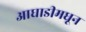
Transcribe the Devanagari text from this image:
आघाडीमधून